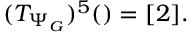
( T _ { \Psi _ { G } } ) ^ { 5 } ( \underline { { { \O } } } ) = \underline { { { \O } } } [ 2 ] .